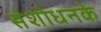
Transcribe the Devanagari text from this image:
संशोधनके